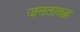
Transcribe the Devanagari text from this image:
जनताचक्र